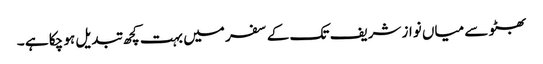
بھٹو سے میاں نواز شریف تک کے سفر میں بہت کچھ تبدیل ہو چکا ہے ۔